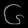
Digit: ၆